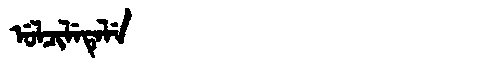
Manchu: ᡠᠯᠴᡳᠯᡝᡨᡝᠯᡝ
Romanization: ULCILETELE